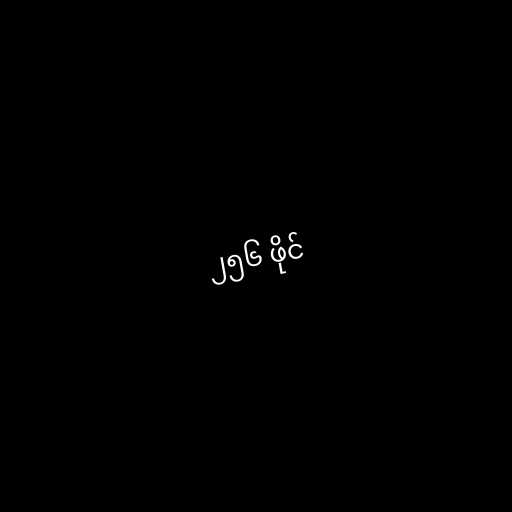
၂၅၆ ဖိုင်